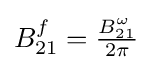
{\textstyle B_{21}^{f}={\frac {B_{21}^{\omega }}{2\pi }}}